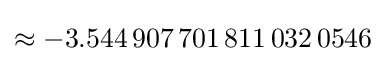
\approx -3.544\,907\,701\,811\,032\,0546